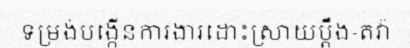
ទម្រង់បង្កើនការងារដោះស្រាយប្តឹង-តវ៉ា